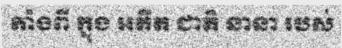
តាំងពី ក្នុង អតីត ជាតិ នានា របស់